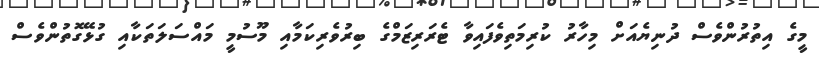
މީގެ އިތުރުންވެސް ދުނިޔެއަށް މިހާރު ކުރިމަތިވެފައިވާ ޓެރަރިޒަމްގެ ބިރުވެރިކަމާއި މޫސުމީ މައްސަލަތަކާއި ގުޅޭގޮތުންވެސް